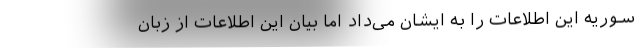
سوریه این اطلاعات را به ایشان می‌داد اما بیان این اطلاعات از زبان